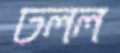
ঢলল